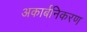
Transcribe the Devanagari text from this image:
अकार्बनिकरण